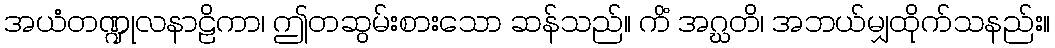
အယံတဏ္ဍုလနာဠိကာ၊ ဤတဆွမ်းစားသော ဆန်သည်။ ကိံ အဂ္ဃတိ၊ အဘယ်မျှထိုက်သနည်း။